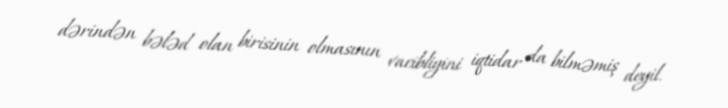
dərindən bələd olan birisinin olmasının vacibliyini iqtidar da bilməmiş deyil.